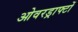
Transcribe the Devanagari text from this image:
ओवरड्राफ्टों